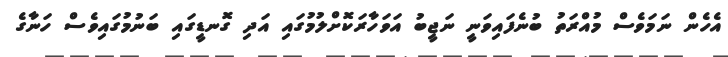
އެހެން ނަމަވެސް މުއްރަތު ބުނެފައިވަނީ ނަޖީބު އަވަހާރަކޮށްލުމުގައި އަދި ގޮނޑީގައި ބަނުމުގައިވެސް ހަނާގެ